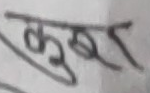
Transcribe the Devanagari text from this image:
कुर